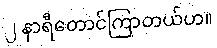
၂ နာရီတောင်ကြာတယ်ဟ။